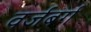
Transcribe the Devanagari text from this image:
वर्जबर्ग